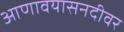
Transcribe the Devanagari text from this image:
आणावयासनदीवर